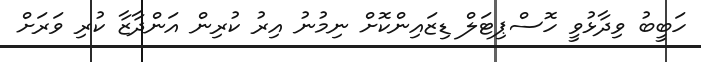
ހަބީބު ވިދާޅުވީ ހޮސްޕިޓަލް ޑިޒައިންކޮށް ނިމުނު އިރު ކުރިން އަންދާޒާ ކުރި ވަރަށް